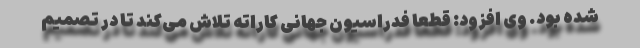
شده بود. وی افزود: قطعا فدراسیون جهانی کاراته تلاش می‌کند تا در تصمیم